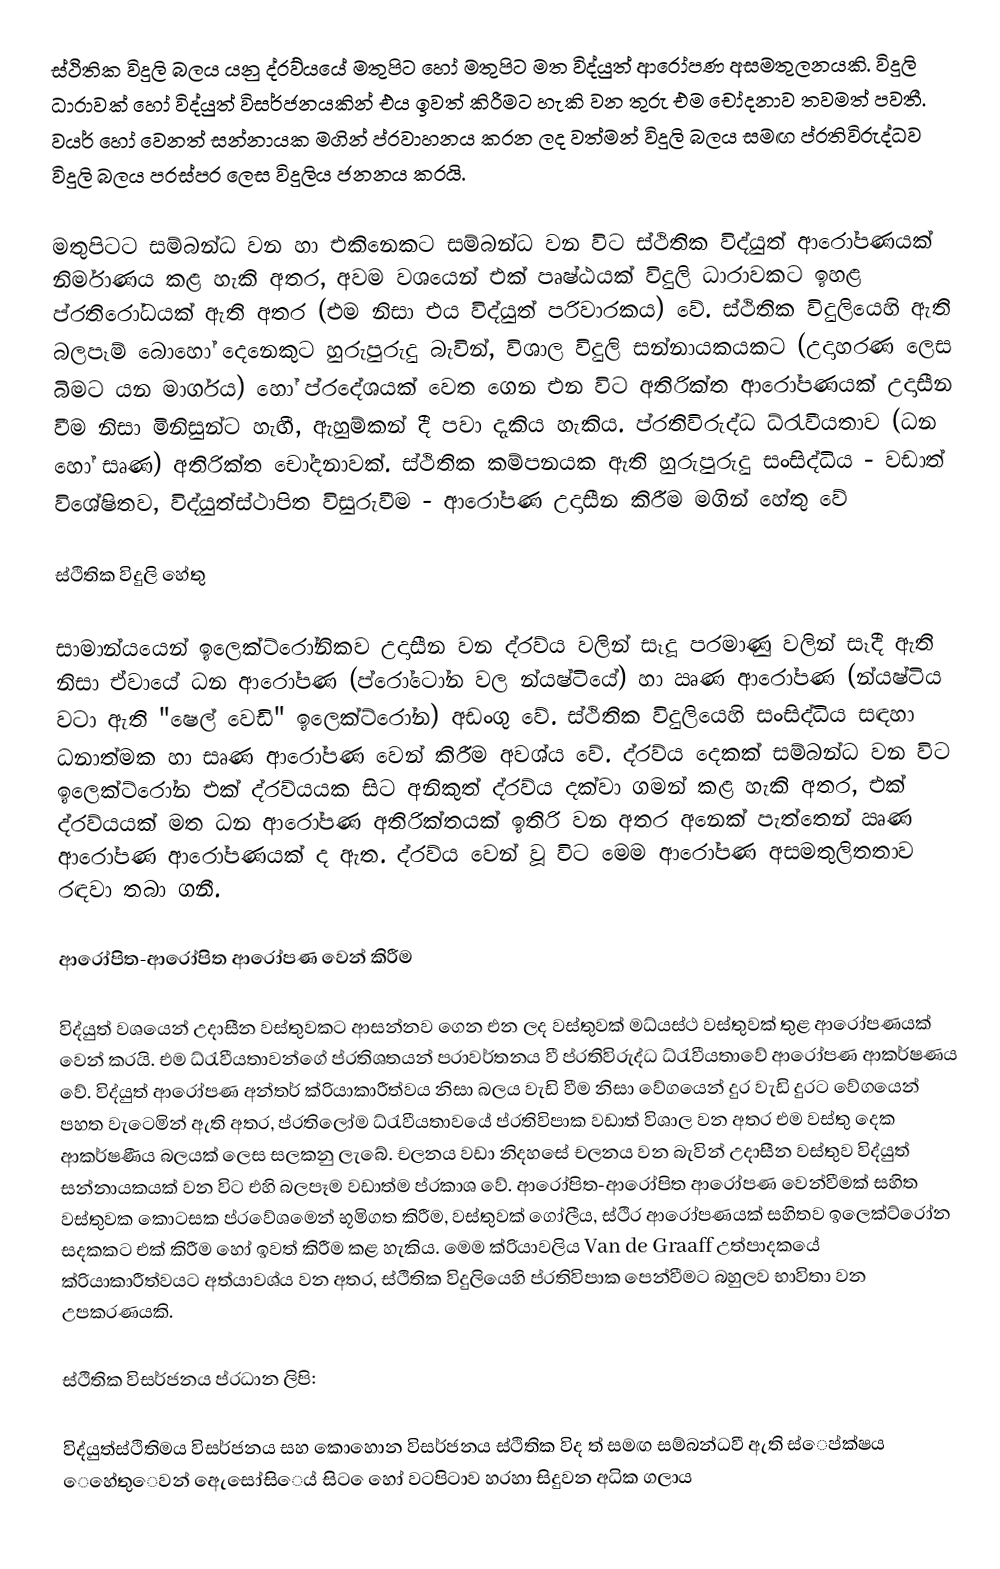
ස්ථිතික විදුලි බලය යනු ද්රව්යයේ මතුපිට හෝ මතුපිට මත විද්යුත් ආරෝපණ අසමතුලනයකි. විදුලි ධාරාවක් හෝ විද්යුත් විසර්ජනයකින් එය ඉවත් කිරීමට හැකි වන තුරු එම චෝදනාව තවමත් පවතී. වයර් හෝ වෙනත් සන්නායක මගින් ප්රවාහනය කරන ලද වත්මන් විදුලි බලය සමඟ ප්රතිවිරුද්ධව විදුලි බලය පරස්පර ලෙස විදුලිය ජනනය කරයි.

මතුපිටට සම්බන්ධ වන හා එකිනෙකට සම්බන්ධ වන විට ස්ථිතික විද්යුත් ආරෝපණයක් නිර්මාණය කළ හැකි අතර, අවම වශයෙන් එක් පෘෂ්ඨයක් විදුලි ධාරාවකට ඉහළ ප්රතිරෝධයක් ඇති අතර (එම නිසා එය විද්යුත් පරිවාරකය) වේ. ස්ථිතික විදුලියෙහි ඇති බලපෑම් බොහෝ දෙනෙකුට හුරුපුරුදු බැවින්, විශාල විදුලි සන්නායකයකට (උදාහරණ ලෙස බිමට යන මාර්ගය) හෝ ප්රදේශයක් වෙත ගෙන එන විට අතිරික්ත ආරෝපණයක් උදාසීන වීම නිසා මිනිසුන්ට හැඟී, ඇහුම්කන් දී පවා දැකිය හැකිය. ප්රතිවිරුද්ධ ධ්රැවීයතාව (ධන හෝ සෘණ) අතිරික්ත චෝදනාවක්. ස්ථිතික කම්පනයක ඇති හුරුපුරුදු සංසිද්ධිය - වඩාත් විශේෂිතව, විද්යුත්ස්ථාපිත විසුරුවීම - ආරෝපණ උදාසීන කිරීම මගින් හේතු වේ

ස්ථිතික විදුලි හේතු

සාමාන්යයෙන් ඉලෙක්ට්රෝනිකව උදාසීන වන ද්රව්ය වලින් සෑදූ පරමාණු වලින් සෑදී ඇති නිසා ඒවායේ ධන ආරෝපණ (ප්රෝටෝන වල න්යෂ්ටියේ) හා ඍණ ආරෝපණ (න්යෂ්ටිය වටා ඇති "ෂෙල් වෙඩි" ඉලෙක්ට්රෝන) අඩංගු වේ. ස්ථිතික විදුලියෙහි සංසිද්ධිය සඳහා ධනාත්මක හා සෘණ ආරෝපණ වෙන් කිරීම අවශ්ය වේ. ද්රව්ය දෙකක් සම්බන්ධ වන විට ඉලෙක්ට්රෝන එක් ද්රව්යයක සිට අනිකුත් ද්රව්ය දක්වා ගමන් කළ හැකි අතර, එක් ද්රව්යයක් මත ධන ආරෝපණ අතිරික්තයක් ඉතිරි වන අතර අනෙක් පැත්තෙන් ඍණ ආරෝපණ ආරෝපණයක් ද ඇත. ද්රව්ය වෙන් වූ විට මෙම ආරෝපණ අසමතුලිතතාව රඳවා තබා ගනී.

ආරෝපිත-ආරෝපිත ආරෝපණ වෙන් කිරීම

විද්යුත් වශයෙන් උදාසීන වස්තුවකට ආසන්නව ගෙන එන ලද වස්තුවක් මධ්යස්ථ වස්තුවක් තුළ ආරෝපණයක් වෙන් කරයි. එම ධ්රැවීයතාවන්ගේ ප්රතිශතයන් පරාවර්තනය වී ප්රතිවිරුද්ධ ධ්රැවීයතාවේ ආරෝපණ ආකර්ෂණය වේ. විද්යුත් ආරෝපණ අන්තර් ක්රියාකාරීත්වය නිසා බලය වැඩි වීම නිසා වේගයෙන් දුර වැඩි දුරට වේගයෙන් පහත වැටෙමින් ඇති අතර, ප්රතිලෝම ධ්රැවීයතාවයේ ප්රතිවිපාක වඩාත් විශාල වන අතර එම වස්තු දෙක ආකර්ෂණීය බලයක් ලෙස සලකනු ලැබේ. චලනය වඩා නිදහසේ චලනය වන බැවින් උදාසීන වස්තුව විද්යුත් සන්නායකයක් වන විට එහි බලපෑම වඩාත්ම ප්රකාශ වේ. ආරෝපිත-ආරෝපිත ආරෝපණ වෙන්වීමක් සහිත වස්තුවක කොටසක ප්රවේශමෙන් භූමිගත කිරීම, වස්තුවක් ගෝලීය, ස්ථිර ආරෝපණයක් සහිතව ඉලෙක්ට්රෝන සදකකට එක් කිරීම හෝ ඉවත් කිරීම කළ හැකිය. මෙම ක්රියාවලිය Van de Graaff උත්පාදකයේ ක්රියාකාරීත්වයට අත්යාවශ්ය වන අතර, ස්ථිතික විදුලියෙහි ප්රතිවිපාක පෙන්වීමට බහුලව භාවිතා වන උපකරණයකි.

ස්ථිතික විසර්ජනය ප්රධාන ලිපි:

විද්යුත්ස්ථිතිමය විසර්ජනය සහ කොහොන විසර්ජනය ස්ථිතික විද ත් සමඟ සම්බන්ධවී ඇති ස්ෙප්ක්ෂය ෙහේතුෙවන් ඇෙසෝසිෙය් සිට ෙහෝ වටපිටාව හරහා සිදුවන අධික ගලාය